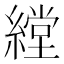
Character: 𱺃